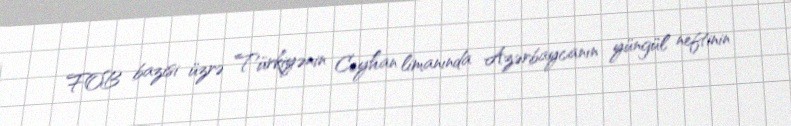
FOB bazisi üzrə Türkiyənin Ceyhan limanında Azərbaycanın yüngül neftinin